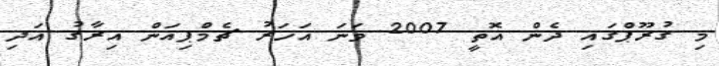
މި ގުރޫޕްގައި ދެން އޮތީ 2007 ވަނަ އަހަރު ޗެމްޕިއަން އިރާގު އަދި